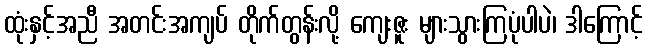
ထုံးနှင့်အညီ အတင်းအကျပ် တိုက်တွန်းလို့ ကျေးဇူး များသွားကြပုံပါပဲ၊ ဒါကြောင့်